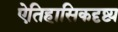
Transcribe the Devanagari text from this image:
ऐतिहासिकदृष्ट्य